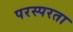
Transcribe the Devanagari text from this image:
परस्परता